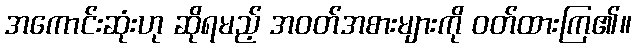
အကောင်းဆုံးဟု ဆိုရမည့် အဝတ်အစားများကို ဝတ်ထားကြ၏။